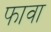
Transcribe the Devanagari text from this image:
फावा